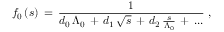
f _ { 0 } \, ( s ) \, = \, \frac { 1 } { d _ { 0 } \, \Lambda _ { 0 } \, + \, d _ { 1 } \, \sqrt { s } \, + \, d _ { 2 } \, \frac { s } { \Lambda _ { 0 } } \, + \, . . . } \, \, ,